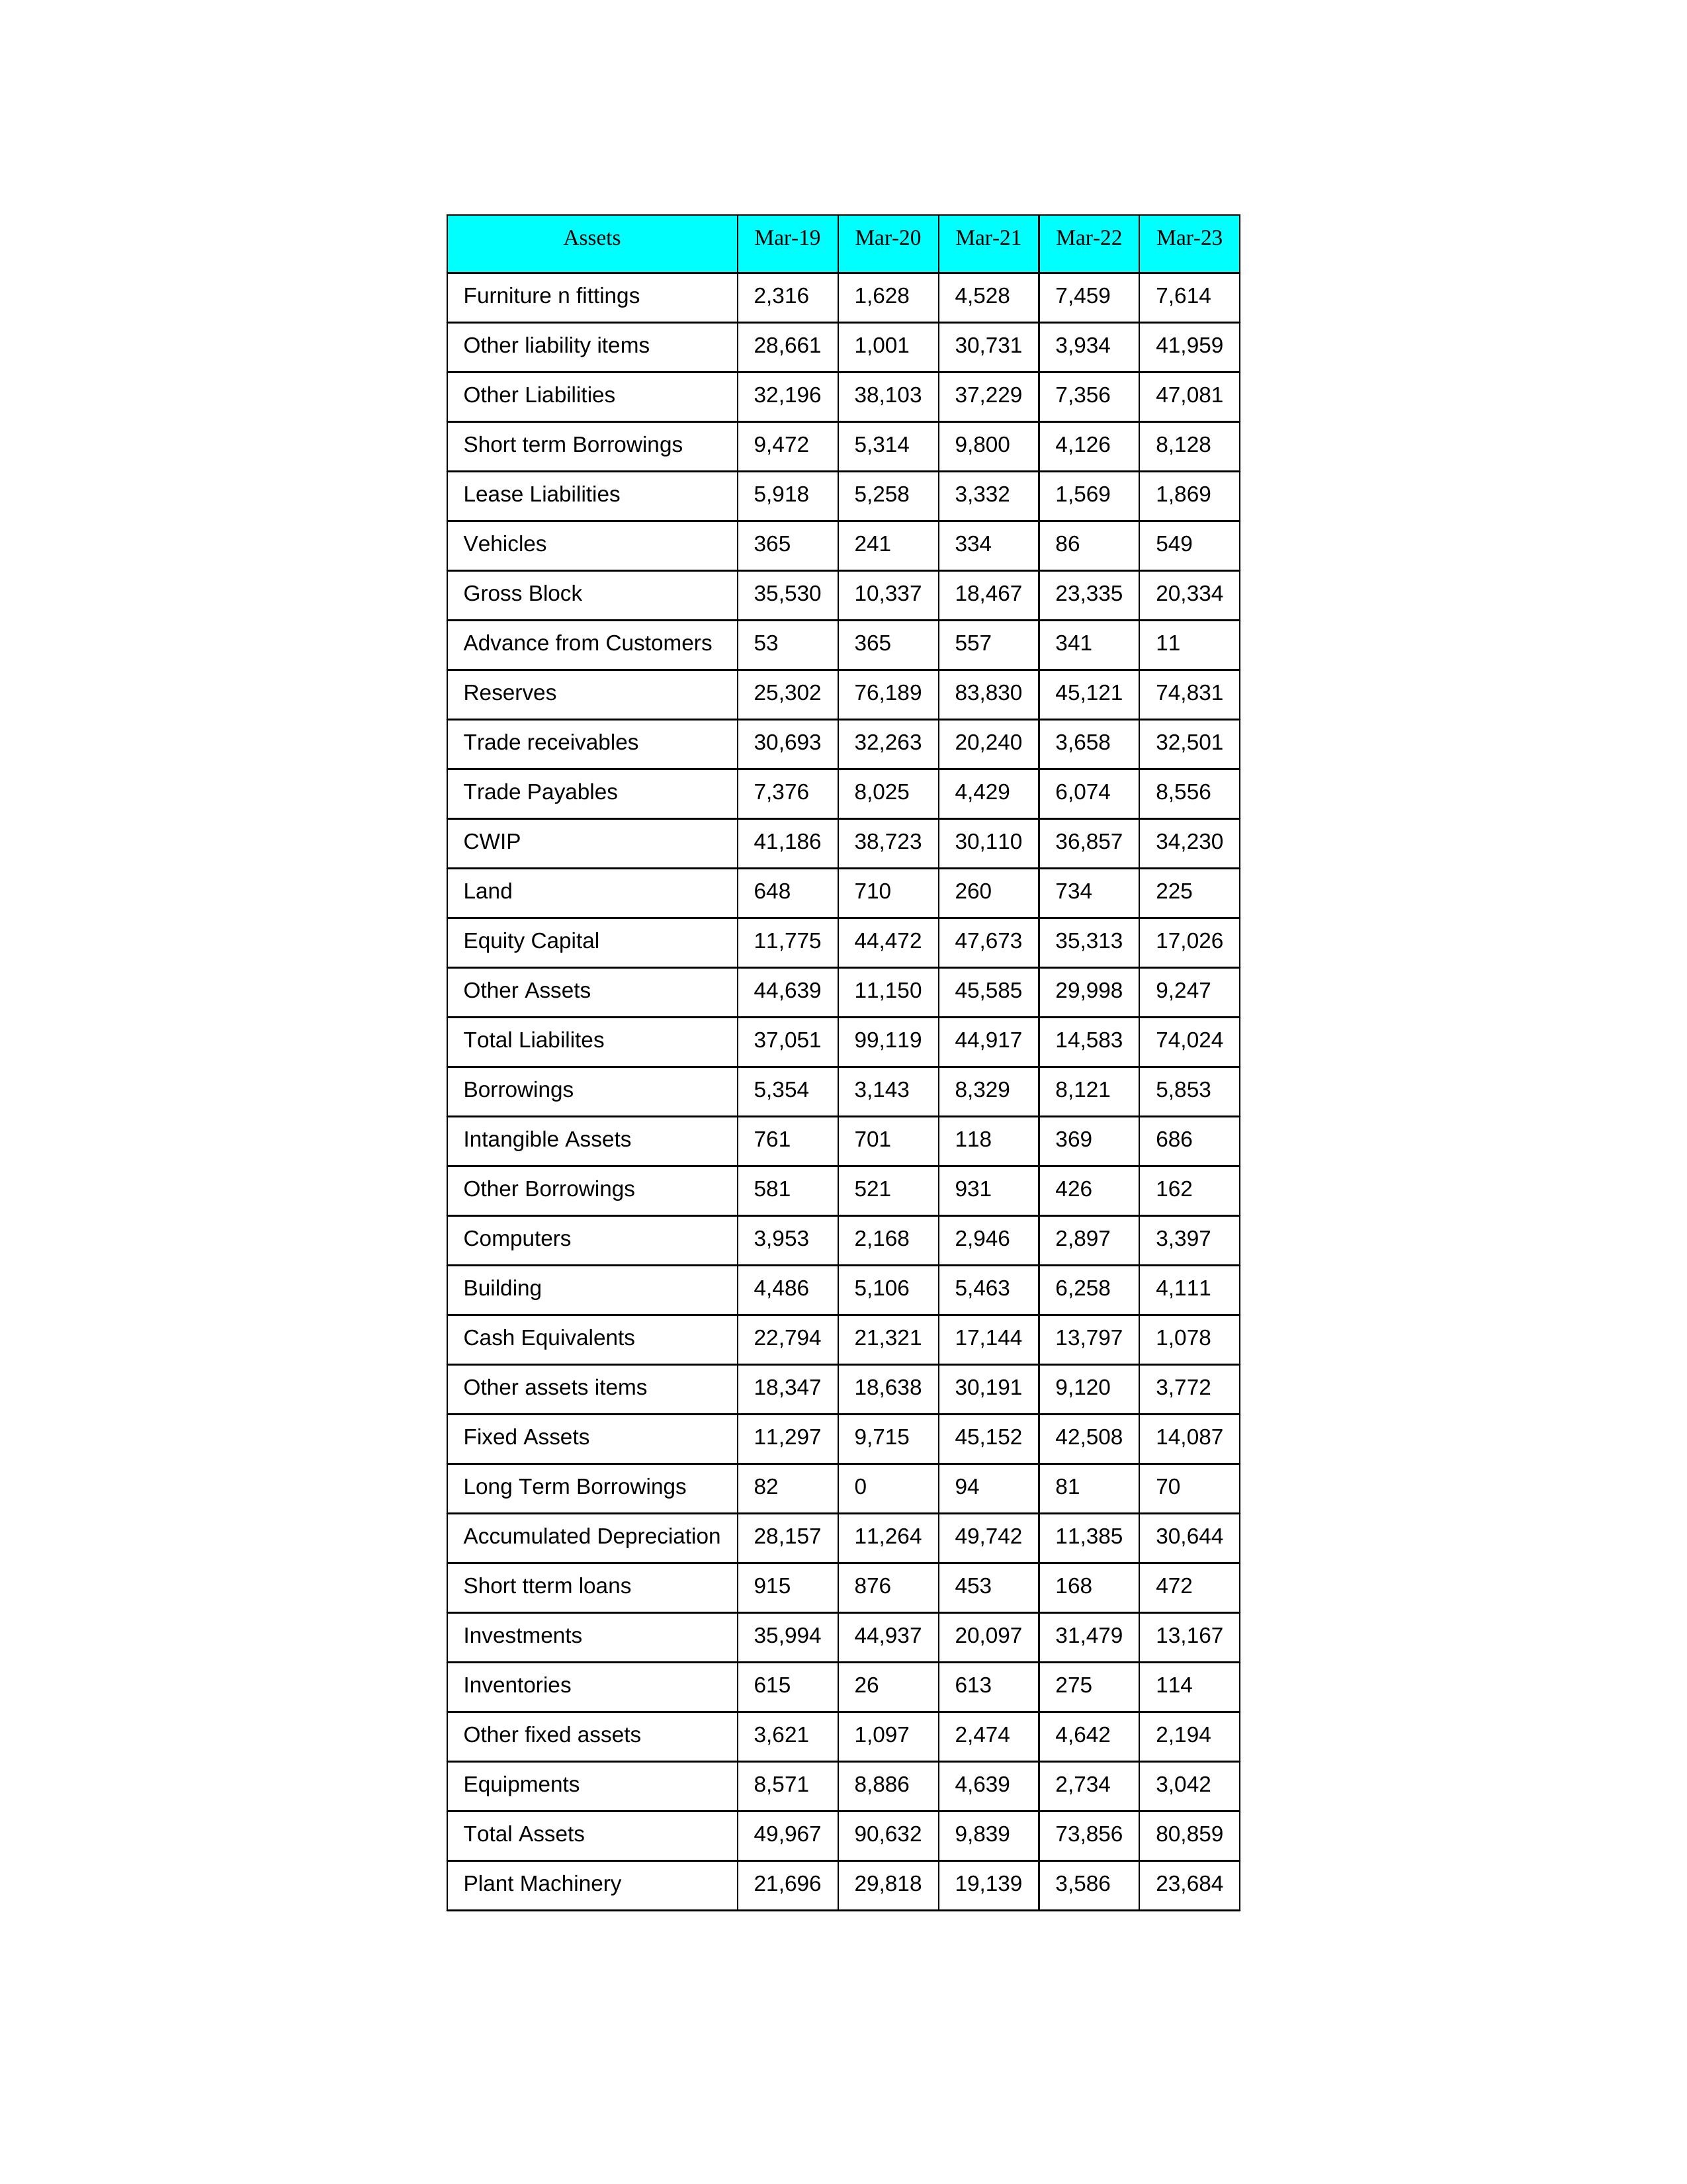
gt_parse: Mar-19: Equity Capital: 11,775
Reserves: 25,302
Borrowings: 5,354
Long Term Borrowings: 82
Short term Borrowings: 9,472
Lease Liabilities: 5,918
Other Borrowings: 581
Other Liabilities: 32,196
Trade Payables: 7,376
Advance from Customers: 53
Other liability items: 28,661
Total Liabilites: 37,051
Fixed Assets: 11,297
Land: 648
Building: 4,486
Plant Machinery: 21,696
Equipments: 8,571
Computers: 3,953
Furniture n fittings: 2,316
Vehicles: 365
Intangible Assets: 761
Other fixed assets: 3,621
Gross Block: 35,530
Accumulated Depreciation: 28,157
CWIP: 41,186
Investments: 35,994
Other Assets: 44,639
Inventories: 615
Trade receivables: 30,693
Cash Equivalents: 22,794
Short tterm loans: 915
Other assets items: 18,347
Total Assets: 49,967
Mar-20: Equity Capital: 44,472
Reserves: 76,189
Borrowings: 3,143
Long Term Borrowings: 0
Short term Borrowings: 5,314
Lease Liabilities: 5,258
Other Borrowings: 521
Other Liabilities: 38,103
Trade Payables: 8,025
Advance from Customers: 365
Other liability items: 1,001
Total Liabilites: 99,119
Fixed Assets: 9,715
Land: 710
Building: 5,106
Plant Machinery: 29,818
Equipments: 8,886
Computers: 2,168
Furniture n fittings: 1,628
Vehicles: 241
Intangible Assets: 701
Other fixed assets: 1,097
Gross Block: 10,337
Accumulated Depreciation: 11,264
CWIP: 38,723
Investments: 44,937
Other Assets: 11,150
Inventories: 26
Trade receivables: 32,263
Cash Equivalents: 21,321
Short tterm loans: 876
Other assets items: 18,638
Total Assets: 90,632
Mar-21: Equity Capital: 47,673
Reserves: 83,830
Borrowings: 8,329
Long Term Borrowings: 94
Short term Borrowings: 9,800
Lease Liabilities: 3,332
Other Borrowings: 931
Other Liabilities: 37,229
Trade Payables: 4,429
Advance from Customers: 557
Other liability items: 30,731
Total Liabilites: 44,917
Fixed Assets: 45,152
Land: 260
Building: 5,463
Plant Machinery: 19,139
Equipments: 4,639
Computers: 2,946
Furniture n fittings: 4,528
Vehicles: 334
Intangible Assets: 118
Other fixed assets: 2,474
Gross Block: 18,467
Accumulated Depreciation: 49,742
CWIP: 30,110
Investments: 20,097
Other Assets: 45,585
Inventories: 613
Trade receivables: 20,240
Cash Equivalents: 17,144
Short tterm loans: 453
Other assets items: 30,191
Total Assets: 9,839
Mar-22: Equity Capital: 35,313
Reserves: 45,121
Borrowings: 8,121
Long Term Borrowings: 81
Short term Borrowings: 4,126
Lease Liabilities: 1,569
Other Borrowings: 426
Other Liabilities: 7,356
Trade Payables: 6,074
Advance from Customers: 341
Other liability items: 3,934
Total Liabilites: 14,583
Fixed Assets: 42,508
Land: 734
Building: 6,258
Plant Machinery: 3,586
Equipments: 2,734
Computers: 2,897
Furniture n fittings: 7,459
Vehicles: 86
Intangible Assets: 369
Other fixed assets: 4,642
Gross Block: 23,335
Accumulated Depreciation: 11,385
CWIP: 36,857
Investments: 31,479
Other Assets: 29,998
Inventories: 275
Trade receivables: 3,658
Cash Equivalents: 13,797
Short tterm loans: 168
Other assets items: 9,120
Total Assets: 73,856
Mar-23: Equity Capital: 17,026
Reserves: 74,831
Borrowings: 5,853
Long Term Borrowings: 70
Short term Borrowings: 8,128
Lease Liabilities: 1,869
Other Borrowings: 162
Other Liabilities: 47,081
Trade Payables: 8,556
Advance from Customers: 11
Other liability items: 41,959
Total Liabilites: 74,024
Fixed Assets: 14,087
Land: 225
Building: 4,111
Plant Machinery: 23,684
Equipments: 3,042
Computers: 3,397
Furniture n fittings: 7,614
Vehicles: 549
Intangible Assets: 686
Other fixed assets: 2,194
Gross Block: 20,334
Accumulated Depreciation: 30,644
CWIP: 34,230
Investments: 13,167
Other Assets: 9,247
Inventories: 114
Trade receivables: 32,501
Cash Equivalents: 1,078
Short tterm loans: 472
Other assets items: 3,772
Total Assets: 80,859